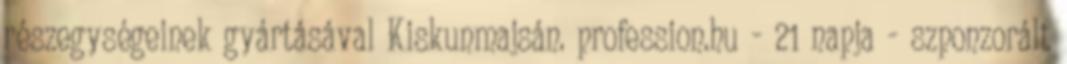
részegységeinek gyártásával Kiskunmajsán. profession.hu - 21 napja - szponzorált